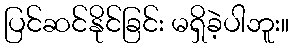
ပြင်ဆင်နိုင်ခြင်း မရှိခဲ့ပါဘူး။